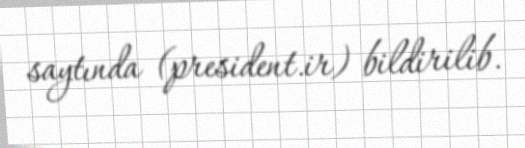
saytında (president.ir) bildirilib.